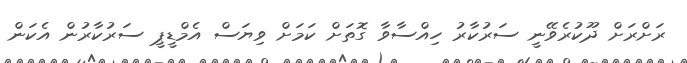
ރަށްރަށް ދޫކުރެވޭނީ ސަރުކާރު ހިއްސާވާ ގޮތަށް ކަމަށް ވިޔަސް އެމްޑީޕީ ސަރުކާރުން އެކަން